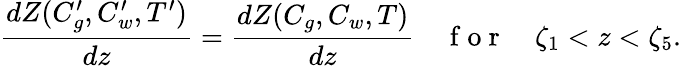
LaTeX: \frac{dZ(C_{g}^{\prime},C_{w}^{\prime},T^{\prime})}{dz}=\frac{dZ(C_{g},C_{w},T)}{dz}\quad\mathrm{~f~o~r~}\quad\zeta_{1}<z<\zeta_{5}.